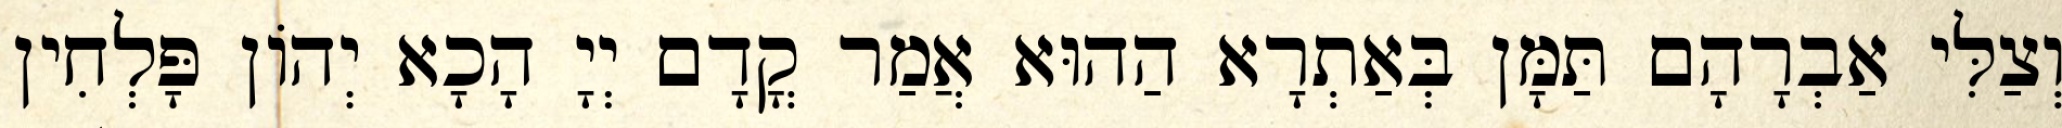
וְצַלִּי אַבְרָהָם תַּמָּן בְּאַתְרָא הַהוּא אֲמַר קֳדָם יְיָ הָכָא יְהוֹן פָּלְחִין